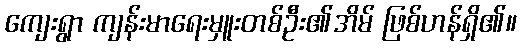
ကျေးရွာ ကျန်းမာရေးမှူးတစ်ဦး၏အိမ် ဖြစ်ဟန်ရှိ၏။